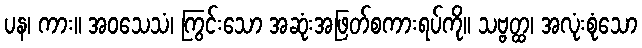
ပန၊ ကား။ အဝသေသံ၊ ကြွင်းသော အဆုံးအဖြတ်စကားရပ်ကို။ သဗ္ဗတ္ထ၊ အလုံးစုံသော